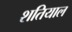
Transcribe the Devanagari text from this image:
शतियाल